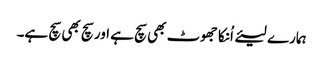
ہمارے لیئے اُنکا جھوٹ بھی سچ ہے اور سچ بھی سچ ہے۔